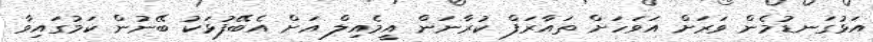
އަޅުގަނޑުމެން ވަރަށް އަވަހަށް ތައާރަފް ކުރާނަން އީމެއިލް އަށް އެބޭފުޅަކު ބޭނުން ކަމުގައިވާ